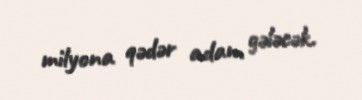
milyona qədər adam gələcək.